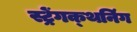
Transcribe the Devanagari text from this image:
स्ट्रेंगक्थनिंग